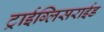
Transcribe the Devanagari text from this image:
ट्राईग्लिसराईड